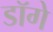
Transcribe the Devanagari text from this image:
डॉगे